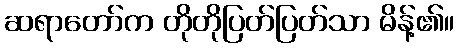
ဆရာတော်က တိုတိုပြတ်ပြတ်သာ မိန့်၏။